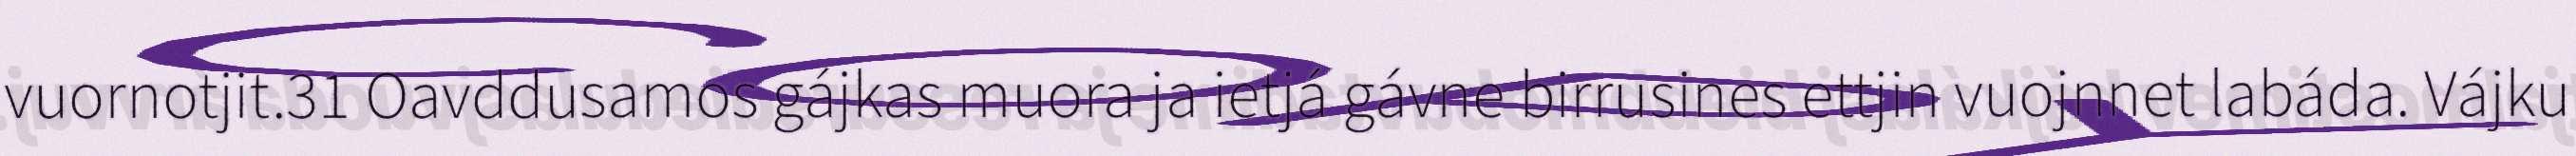
vuornotjit.31 Oavddusamos gájkas muora ja ietjá gávne birrusines ettjin vuojnnet labáda. Vájku